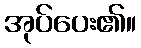
အုပ်ပေး၏။